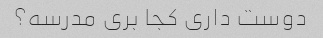
دوست داری کجا بری مدرسه؟